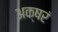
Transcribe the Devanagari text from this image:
अक्षरं